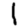
Digit: 1